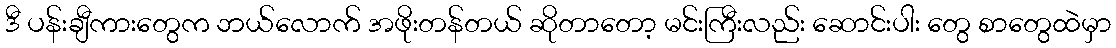
ဒီ ပန်းချီကားတွေက ဘယ်လောက် အဖိုးတန်တယ် ဆိုတာတော့ မင်းကြီးလည်း ဆောင်းပါး တွေ စာတွေထဲမှာ